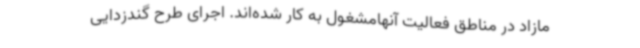
مازاد در مناطق فعالیت آنهامشغول به کار شده‌اند. اجرای طرح گندزدایی